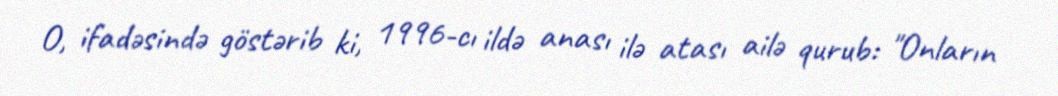
O, ifadəsində göstərib ki, 1996-cı ildə anası ilə atası ailə qurub: "Onların